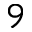
9